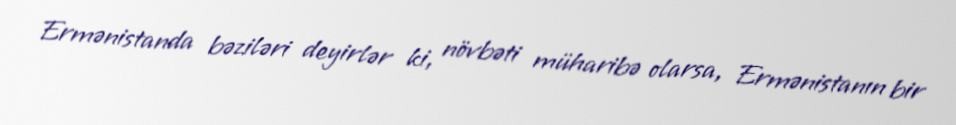
Ermənistanda bəziləri deyirlər ki, növbəti müharibə olarsa, Ermənistanın bir